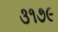
૩૧૭૯